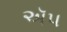
ઍપ